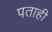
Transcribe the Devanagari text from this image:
पताही